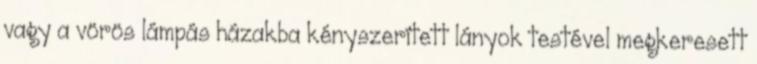
vagy a vörös lámpás házakba kényszerített lányok testével megkeresett